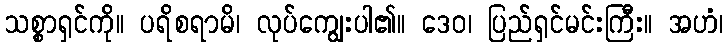
သစ္စာရှင်ကို။ ပရိစရာမိ၊ လုပ်ကျွေးပါ၏။ ဒေဝ၊ ပြည်ရှင်မင်းကြီး။ အဟံ၊